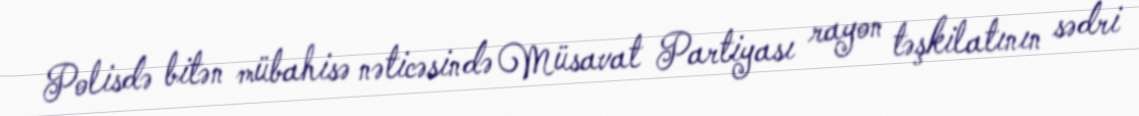
Polisdə bitən mübahisə nəticəsində Müsavat Partiyası rayon təşkilatının sədri